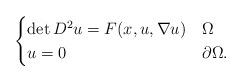
LaTeX: \begin{align*}\begin{cases}\det D^2u = F(x, u, \nabla u) &\Omega\\u = 0 &\partial\Omega. \end{cases}\end{align*}